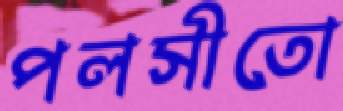
পলসীতো